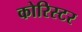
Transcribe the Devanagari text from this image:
कोरिस्टर